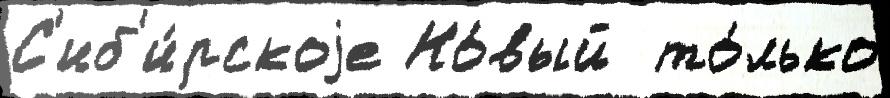
С'иб'и́рскоjе Но́вый  то́лько